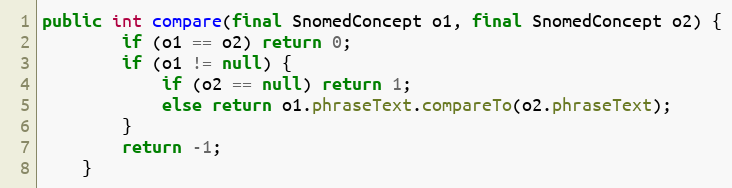
Language: Java
public int compare(final SnomedConcept o1, final SnomedConcept o2) {
        if (o1 == o2) return 0;
        if (o1 != null) {
            if (o2 == null) return 1;
            else return o1.phraseText.compareTo(o2.phraseText);
        }
        return -1;
    }